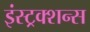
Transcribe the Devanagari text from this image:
इंस्ट्रक्शन्स